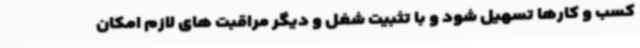
کسب و کارها تسهیل شود و با تثبیت شغل و دیگر مراقبت های لازم امکان